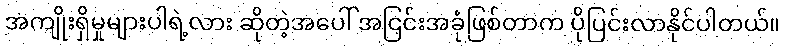
အကျိုးရှိမှုများပါရဲ့လား ဆိုတဲ့အပေါ် အငြင်းအခုံဖြစ်တာက ပိုပြင်းလာနိုင်ပါတယ်။